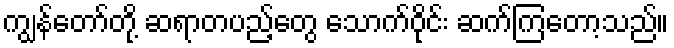
ကျွန်တော်တို့ ဆရာတပည့်တွေ သောက်ဝိုင်း ဆက်ကြတော့သည်။